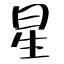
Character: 星